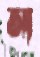
আ